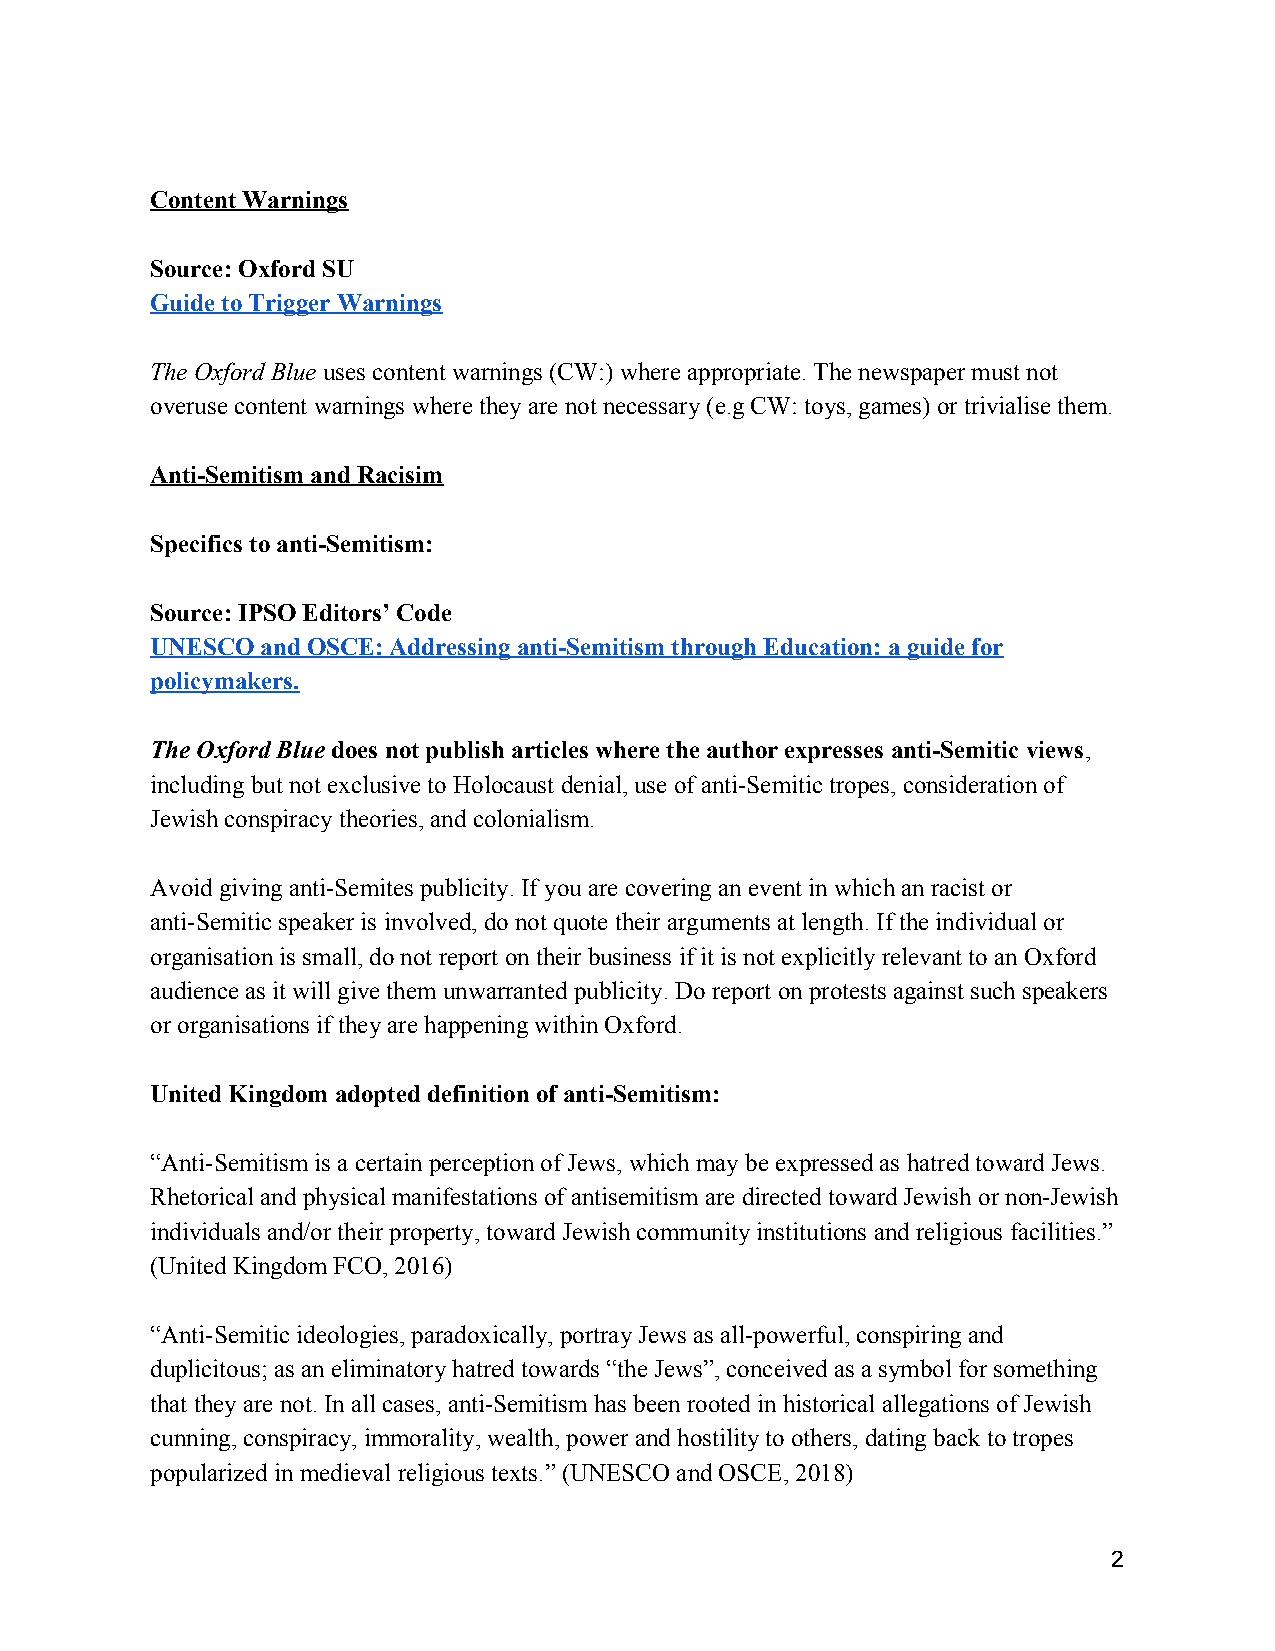
Content Warnings
 Source: Oxford SU
 Guide to Trigger Warnings
 The Oxford Blue uses content warnings (CW:) where appropriate. The newspaper must not
 ​
 overuse content warnings where they are not necessary (e.g CW: toys, games) or trivialise them.
 Anti-Semitism and Racisim
 Specifics to anti-Semitism:
 Source: IPSO Editors’ Code
 UNESCO and OSCE: Addressing anti-Semitism through Education: a guide for
 ​​
 policymakers.
 The Oxford Blue does not publish articles where the author expresses anti-Semitic views,
 ​                                                  ​
 including but not exclusive to Holocaust denial, use of anti-Semitic tropes, consideration of
 Jewish conspiracy theories, and colonialism.
 Avoid giving anti-Semites publicity. If you are covering an event in which an racist or
 anti-Semitic speaker is involved, do not quote their arguments at length. If the individual or
 organisation is small, do not report on their business if it is not explicitly relevant to an Oxford
 audience as it will give them unwarranted publicity. Do report on protests against such speakers
 or organisations if they are happening within Oxford.
 United Kingdom adopted definition of anti-Semitism:
 “Anti-Semitism is a certain perception of Jews, which may be expressed as hatred toward Jews.
 Rhetorical and physical manifestations of antisemitism are directed toward Jewish or non-Jewish
 individuals and/or their property, toward Jewish community institutions and religious facilities.”
 (United Kingdom FCO, 2016)
 “Anti-Semitic ideologies, paradoxically, portray Jews as all-powerful, conspiring and
 duplicitous; as an eliminatory hatred towards “the Jews”, conceived as a symbol for something
 that they are not. In all cases, anti-Semitism has been rooted in historical allegations of Jewish
 cunning, conspiracy, immorality, wealth, power and hostility to others, dating back to tropes
 popularized in medieval religious texts.” (UNESCO and OSCE, 2018)
 2